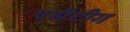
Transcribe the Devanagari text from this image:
एसैटीग